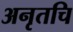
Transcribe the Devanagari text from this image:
अनृतचि